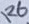
Text: R6